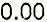
0.00